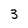
Character: 3